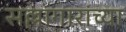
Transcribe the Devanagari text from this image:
सल्लागारांच्या